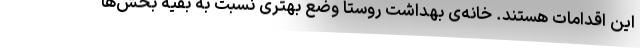
این اقدامات هستند. خانه‌ی بهداشت روستا وضع بهتری نسبت به بقیه بخش‌ها